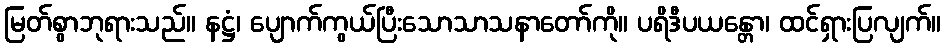
မြတ်စွာဘုရားသည်။ နဋ္ဌံ၊ ပျောက်ကွယ်ပြီးသောသာသနာတော်ကို။ ပရိဒီပယန္တော၊ ထင်ရှားပြလျက်။